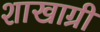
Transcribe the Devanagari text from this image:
शाखाग्री